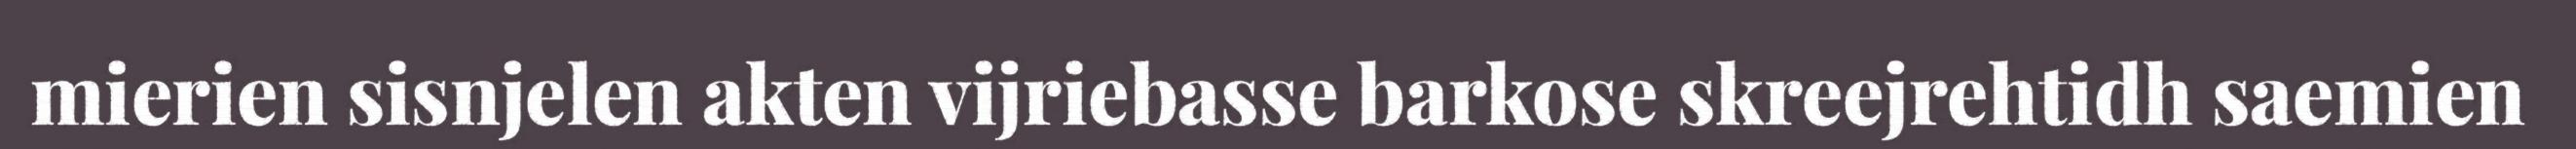
mierien sisnjelen akten vijriebasse barkose skreejrehtidh saemien